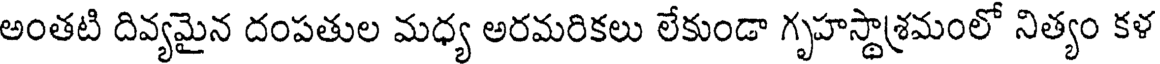
అంతటి దివ్యమైన దంపతుల మధ్య అరమరికలు లేకుండా గృహస్థాశ్రమంలో నిత్యం కళ